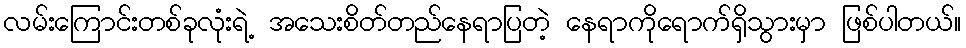
လမ်းကြောင်းတစ်ခုလုံးရဲ့ အသေးစိတ်တည်နေရာပြတဲ့ နေရာကိုရောက်ရှိသွားမှာ ဖြစ်ပါတယ်။